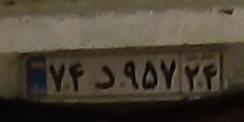
۷۴د۹۵۷۲۴